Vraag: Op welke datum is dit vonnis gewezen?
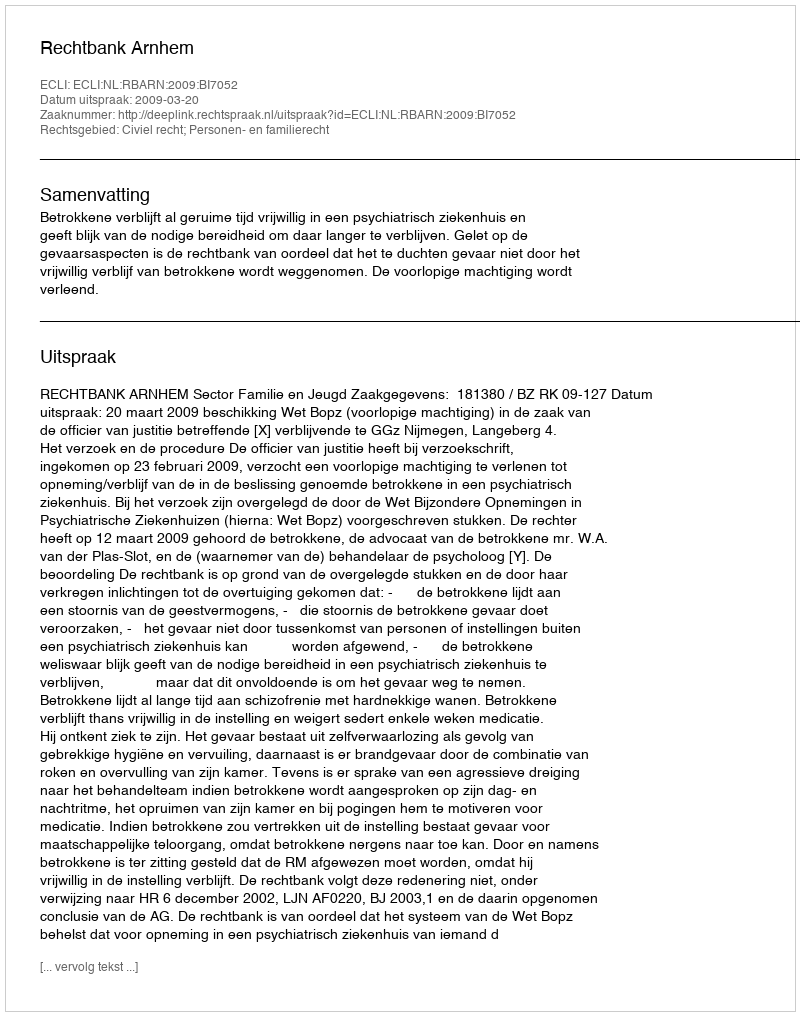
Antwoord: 2009-03-20